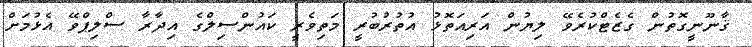
ޤާނޫނީގޮތުން ގެޒެޓްކުރެވޭ ލިޔުން އަރިއަތޮޅު އުތުރުބުރީ މަތިވެރީ ކައުންސިލްގެ އިދާރާ ސްލިޕްވޭ އެޅުމަށް